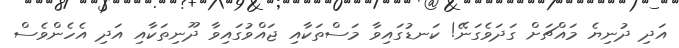
އަދި ދުނިޔެ މައްޗަށް ގަދަވެގަނޭ! ކަނޑުގައިވާ މަސްތަކާއި ޖައްވުގައިވާ ދޫނިތަކާއި އަދި އެހެންވެސް